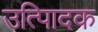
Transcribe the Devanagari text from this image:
उत्पािदक